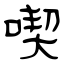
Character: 喫